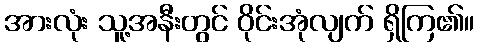
အားလုံး သူ့အနီးတွင် ဝိုင်းအုံလျက် ရှိကြ၏။